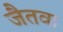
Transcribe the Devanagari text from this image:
जैतवा